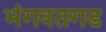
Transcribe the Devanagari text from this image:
भंगवतगड